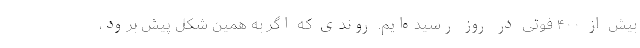
بیش از ۴۰۰ فوتی در روز رسیده‌ایم. روندی که اگر به همین شکل پیش برود،